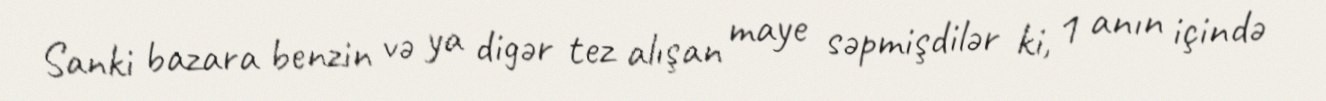
Sanki bazara benzin və ya digər tez alışan maye səpmişdilər ki, 1 anın içində